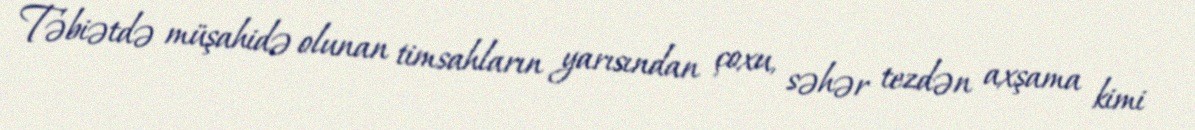
Təbiətdə müşahidə olunan timsahların yarısından çoxu, səhər tezdən axşama kimi